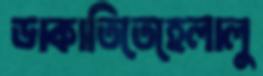
ডাকাতিতেহেলালু